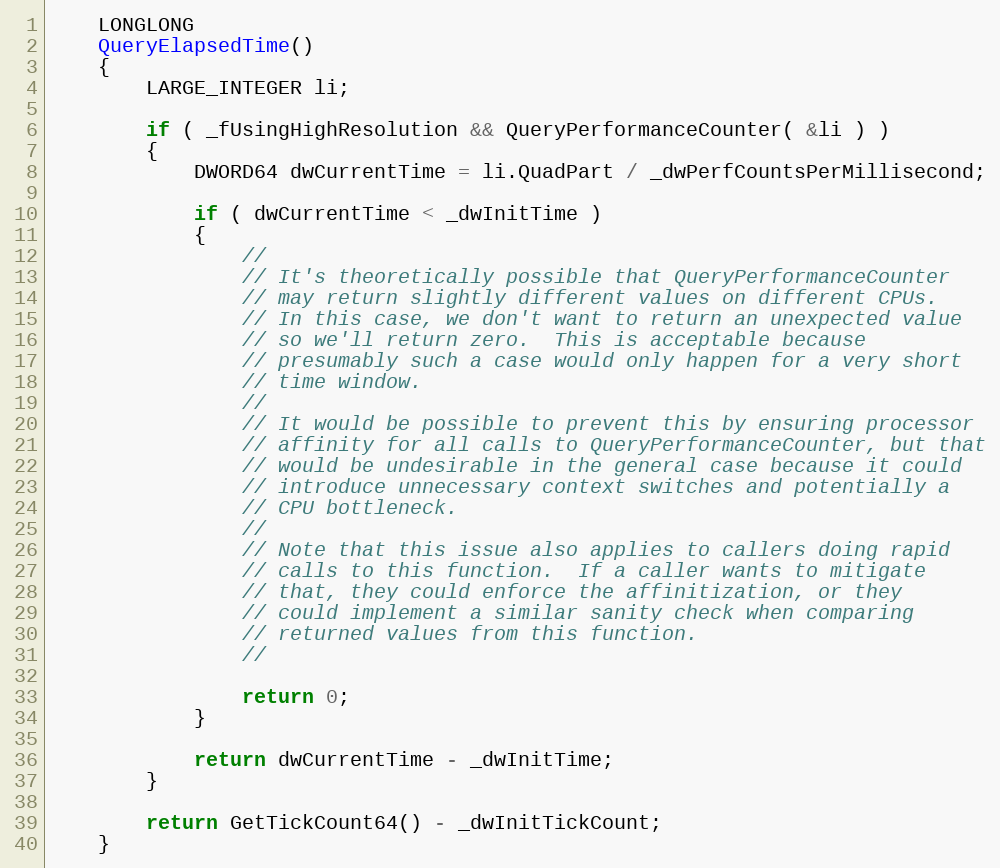
Language: C
    LONGLONG
    QueryElapsedTime()
    {
        LARGE_INTEGER li;

        if ( _fUsingHighResolution && QueryPerformanceCounter( &li ) )
        {
            DWORD64 dwCurrentTime = li.QuadPart / _dwPerfCountsPerMillisecond;

            if ( dwCurrentTime < _dwInitTime )
            {
                //
                // It's theoretically possible that QueryPerformanceCounter
                // may return slightly different values on different CPUs.
                // In this case, we don't want to return an unexpected value
                // so we'll return zero.  This is acceptable because
                // presumably such a case would only happen for a very short
                // time window.
                //
                // It would be possible to prevent this by ensuring processor
                // affinity for all calls to QueryPerformanceCounter, but that
                // would be undesirable in the general case because it could
                // introduce unnecessary context switches and potentially a
                // CPU bottleneck.
                //
                // Note that this issue also applies to callers doing rapid
                // calls to this function.  If a caller wants to mitigate
                // that, they could enforce the affinitization, or they
                // could implement a similar sanity check when comparing
                // returned values from this function.
                //

                return 0;
            }

            return dwCurrentTime - _dwInitTime;
        }

        return GetTickCount64() - _dwInitTickCount;
    }